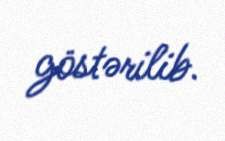
göstərilib.